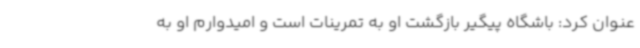
عنوان کرد: باشگاه پیگیر بازگشت او به تمرینات است و امیدوارم او به